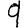
Digit: 9